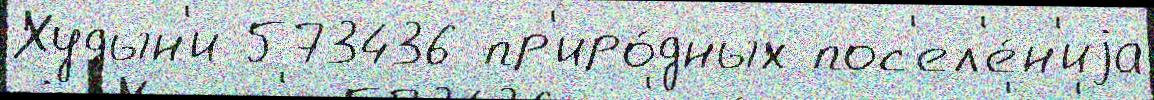
Худын'и 573436 пр'иро́дных пос'ел'е́н'иjа